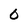
Character: 0